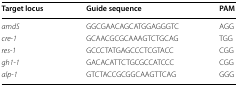
<table><thead><tr><td><b>Target locus</b></td><td><b>Guide sequence</b></td><td><b>PAM</b></td></tr></thead><tbody><tr><td><i>amdS</i></td><td>GGCGAACAGCATGGAGGGTC</td><td>AGG</td></tr><tr><td><i>cre</i>-<i>1</i></td><td>GCAACGCGCAAAGTCTGCAG</td><td>TGG</td></tr><tr><td><i>res</i>-<i>1</i></td><td>GCCCTATGAGCCCTCGTACC</td><td>CGG</td></tr><tr><td><i>gh1</i>-<i>1</i></td><td>GACACATTCTGCGCCATCCC</td><td>CGG</td></tr><tr><td><i>alp</i>-<i>1</i></td><td>GTCTACCGCGGCAAGTTCAG</td><td>GGG</td></tr></tbody></table>